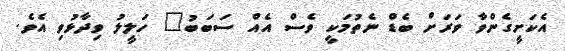
އެކަށީގެންވާ ވަރަށް ބެޑް ނެތުމަކީ ވެސް އެއް ސަބަބު" ހަލީލު ވިދާޅުވި އެވެ.